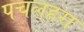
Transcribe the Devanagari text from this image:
पचलहरा